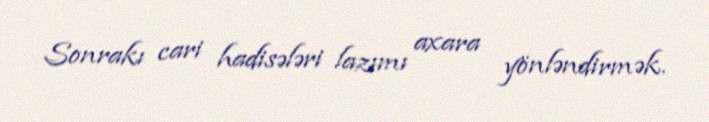
Sonrakı cari hadisələri lazımı axara yönləndirmək.